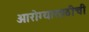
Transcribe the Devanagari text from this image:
आरोग्यासाठीची